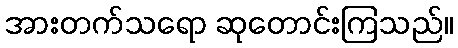
အားတက်သရော ဆုတောင်းကြသည်။